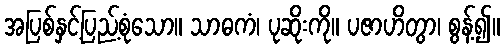
အပြစ်နှင့်ပြည့်စုံသော။ သာဓကံ၊ ပုဆိုးကို။ ပဇာဟိတွာ၊ စွန့်၍။